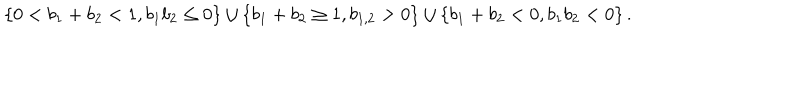
LaTeX: \left\{ 0 < b _ { 1 } + b _ { 2 } < 1 , b _ { 1 } b _ { 2 } \leq 0 \right\} \cup \left\{ b _ { 1 } + b _ { 2 } \geq 1 , b _ { 1 , 2 } > 0 \right\} \cup \left\{ b _ { 1 } + b _ { 2 } < 0 , b _ { 1 } b _ { 2 } < 0 \right\} .